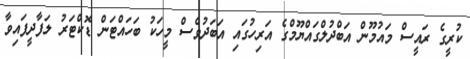
ކުރީގެ ރައީސް މައުމޫން އަބްދުލްގައްޔޫމްގެ އަރިހުގައި އަބަދުވެސް މީހަކު ބަހައްޓަން ޑޮކްޓަރު ލަފާދީފައިވާ